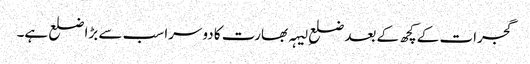
گجرات کے کچھ کے بعد ضلعِ لیہہ بھارت کا دوسرا سب سے بڑا ضلع ہے۔